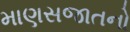
માણસજાતનો